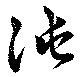
沌